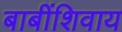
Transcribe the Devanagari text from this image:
बाबींशिवाय